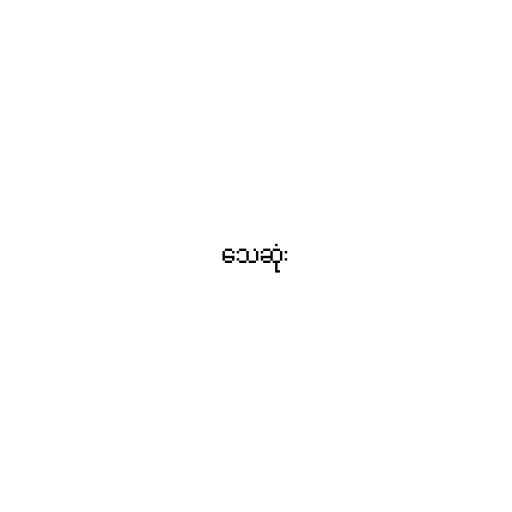
သေဆုံး